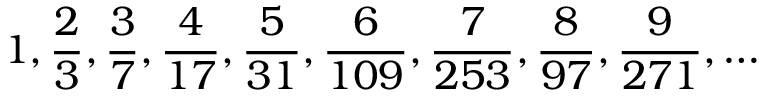
1 , { \frac { 2 } { 3 } } , { \frac { 3 } { 7 } } , { \frac { 4 } { 1 7 } } , { \frac { 5 } { 3 1 } } , { \frac { 6 } { 1 0 9 } } , { \frac { 7 } { 2 5 3 } } , { \frac { 8 } { 9 7 } } , { \frac { 9 } { 2 7 1 } } , \dots